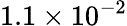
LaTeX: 1.1\times 10^{-2}